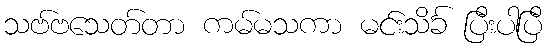
သဗ်ဗသေတ်တာ ကမ်မသကာ မင်းသိင်္ခ ပြီးပါပြီ